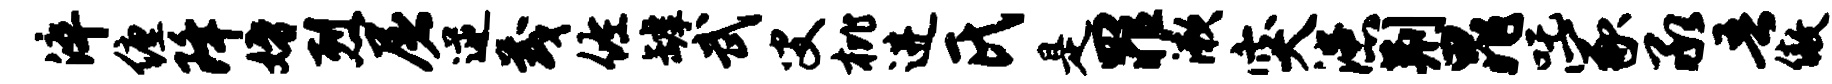
淬缠降婚烈屠逆茂佐罅武叟枇进氏是罪漱突漶荆晁吒冢承吾傲